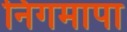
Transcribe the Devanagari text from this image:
निगमापा